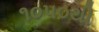
૧૦૫૦થી